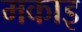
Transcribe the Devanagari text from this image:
मकाइ